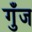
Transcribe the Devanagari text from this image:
गुँज